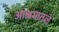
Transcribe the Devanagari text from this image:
आश्रमातले